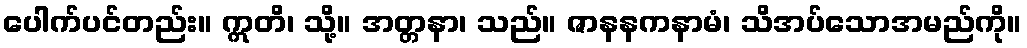
ပေါက်ပင်တည်း။ ဣတိ၊ သို့။ အတ္တနာ၊ သည်။ ဇာနနကနာမံ၊ သိအပ်သောအမည်ကို။